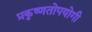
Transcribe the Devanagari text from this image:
प्रकृष्णतोपयोगी